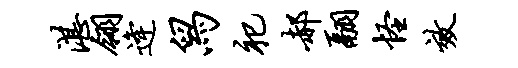
湛翎逄舄祀郝翮怪效